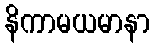
နိကာမယမာနာ